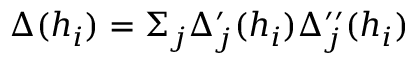
\Delta ( h _ { i } ) = \Sigma _ { j } \Delta _ { j } ^ { \prime } ( h _ { i } ) \Delta _ { j } ^ { \prime \prime } ( h _ { i } )